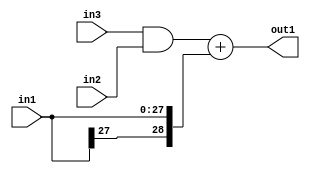
`timescale 1ps / 1ps
/*****************************************************************************
    Verilog RTL Description
    
    
    Created by: Stratus DpOpt 2019.1.01 
*******************************************************************************/

module GaussFilter_Add2s28And2u1u1_1 (
	in3,
	in2,
	in1,
	out1
	); /* architecture "behavioural" */ 
input  in3,
	in2;
input [27:0] in1;
output [28:0] out1;
wire [28:0] asc001;
wire  asc002;

assign asc002 = 
	(in3)
	&(in2);

assign asc001 = 
	+(asc002)
	+({in1[27], in1});

assign out1 = asc001;
endmodule

/* CADENCE  uLDzSQo= : u9/ySgnWtBlWxVPRXgAZ4Og= ** DO NOT EDIT THIS LINE ******/